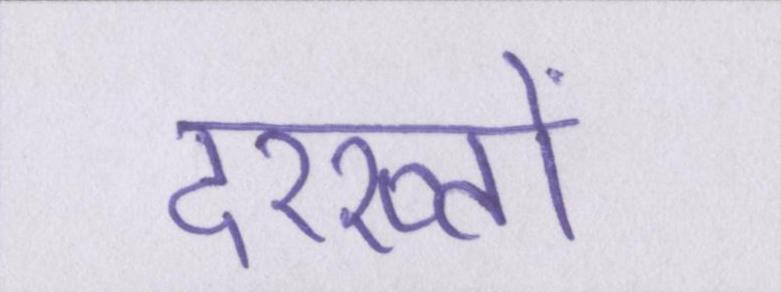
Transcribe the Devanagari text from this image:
दरख्तों